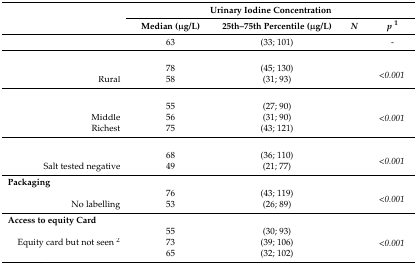
<table><thead><tr><td rowspan="2">[EMPTY_CELL]</td><td colspan="4"><b>Urinary Iodine Concentration</b></td></tr><tr><td><b>Median (μg/L)</b></td><td><b>25th–75th Percentile (μg/L)</b></td><td><b><i>N</i></b></td><td><b><i>p</i><sup>1</sup></b></td></tr></thead><tbody><tr><td>[EMPTY_CELL]</td><td>63</td><td>(33; 101)</td><td>[EMPTY_CELL]</td><td>-</td></tr><tr><td>[EMPTY_CELL]</td><td>[EMPTY_CELL]</td><td>[EMPTY_CELL]</td><td>[EMPTY_CELL]</td><td>[EMPTY_CELL]</td></tr><tr><td>[EMPTY_CELL]</td><td>78</td><td>(45; 130)</td><td>[EMPTY_CELL]</td><td rowspan="2"><i>&lt;0.001</i></td></tr><tr><td>Rural</td><td>58</td><td>(31; 93)</td><td>[EMPTY_CELL]</td></tr><tr><td>[EMPTY_CELL]</td><td>[EMPTY_CELL]</td><td>[EMPTY_CELL]</td><td>[EMPTY_CELL]</td><td>[EMPTY_CELL]</td></tr><tr><td>[EMPTY_CELL]</td><td>55</td><td>(27; 90)</td><td>[EMPTY_CELL]</td><td rowspan="3"><i>&lt;0.001</i></td></tr><tr><td>Middle</td><td>56</td><td>(31; 90)</td><td>[EMPTY_CELL]</td></tr><tr><td>Richest</td><td>75</td><td>(43; 121)</td><td>[EMPTY_CELL]</td></tr><tr><td>[EMPTY_CELL]</td><td>[EMPTY_CELL]</td><td>[EMPTY_CELL]</td><td>[EMPTY_CELL]</td><td>[EMPTY_CELL]</td></tr><tr><td>[EMPTY_CELL]</td><td>68</td><td>(36; 110)</td><td>[EMPTY_CELL]</td><td rowspan="2"><i>&lt;0.001</i></td></tr><tr><td>Salt tested negative</td><td>49</td><td>(21; 77)</td><td>[EMPTY_CELL]</td></tr><tr><td><b>Packaging</b></td><td>[EMPTY_CELL]</td><td>[EMPTY_CELL]</td><td>[EMPTY_CELL]</td><td>[EMPTY_CELL]</td></tr><tr><td>[EMPTY_CELL]</td><td>76</td><td>(43; 119)</td><td>[EMPTY_CELL]</td><td rowspan="2"><i>&lt;0.001</i></td></tr><tr><td>No labelling</td><td>53</td><td>(26; 89)</td><td>[EMPTY_CELL]</td></tr><tr><td><b>Access to equity Card</b></td><td>[EMPTY_CELL]</td><td>[EMPTY_CELL]</td><td>[EMPTY_CELL]</td><td>[EMPTY_CELL]</td></tr><tr><td>[EMPTY_CELL]</td><td>55</td><td>(30; 93)</td><td>[EMPTY_CELL]</td><td rowspan="3"><i>&lt;0.001</i></td></tr><tr><td>Equity card but not seen <sup>2</sup></td><td>73</td><td>(39; 106)</td><td>[EMPTY_CELL]</td></tr><tr><td>[EMPTY_CELL]</td><td>65</td><td>(32; 102)</td><td>[EMPTY_CELL]</td></tr></tbody></table>